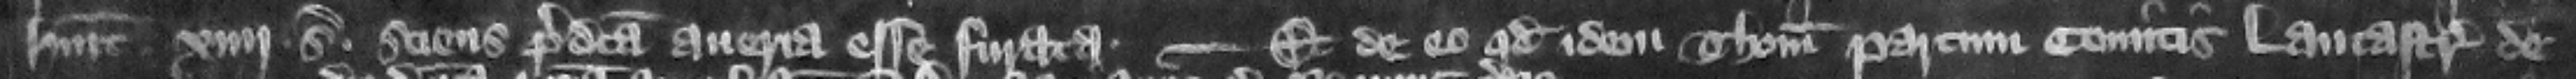
habuit .xilij. solidos sciens predicta aueria esse furata.  -- et de eo quod dem Thomas parcum comitis Lancastrie de